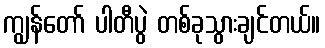
ကျွန်တော် ပါတီပွဲ တစ်ခုသွားချင်တယ်။